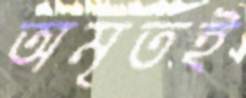
অমৃতই